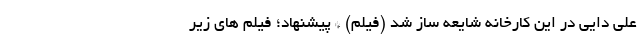
علی دایی در این کارخانه شایعه ساز شد (فیلم) * پیشنهاد؛ فیلم های زیر